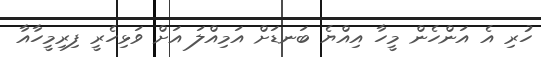
ހުރި އެ އަންހެން މީހާ އިއްޔެ ބަނޑަށް އަމިއްލަ އަށް ވަޅިހެރީ ފިރިމީހާއާ